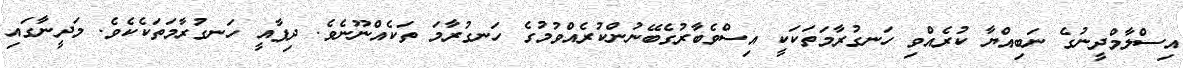
އިސްލާމްދީނުގެ ނަބިއްޔާ ކުރެއްވި ހަނގުރާމަތަކަކީ އިސްވެބާރުގެބޭނުންކުރެއްވުމުގެ ހަނގުރާމަ ތަކެއްނޫނެވެ. ދިފާއީ ހަނގުރާމަތަކެކެވެ. މަދީނާގައި